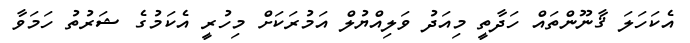
އެކަހަލަ ޤާނޫންތައް ހަދާތީ މިއަދު ވަލިއްޔުލް އަމުރަކަށް މިހުރީ އެކަމުގެ ޝަރުތު ހަމަވާ